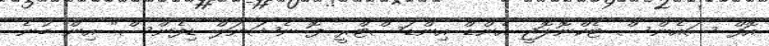
އޮފް ސައެންސް ޓެކްނޮލޮޖީ އެންޑް އިންޑަސްޓްރީ ފޮ ނެޝަނަލް ޑިފެންސް" އިން ބުނެ